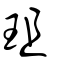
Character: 珇